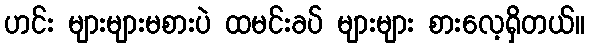
ဟင်း များများမစားပဲ ထမင်းခပ် များများ စားလေ့ရှိတယ်။